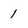
Character: 1